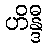
ဟိန္ဒီ